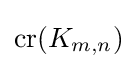
{\text{cr}}(K_{m,n})